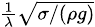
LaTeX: \scriptstyle{\frac{1}{\lambda}}{\sqrt{\sigma/(\rho g)}}